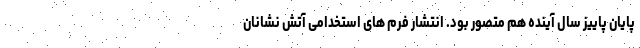
پایان پاییز سال آینده هم متصور بود. انتشار فرم های استخدامی آتش نشانان